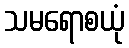
သမရောစယုံ